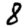
Digit: 8